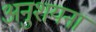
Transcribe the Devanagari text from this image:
अनुशयना